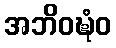
အဘိဝဍ္ဎံဝ